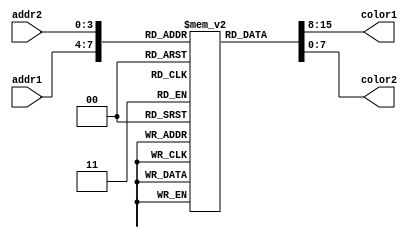
module RomColorPalette (
    input  [3:0] addr1,
    input  [3:0] addr2,
    output [7:0] color1,
    output [7:0] color2
  );

  reg[7:0] memory[0:15] /*verilator public*/;

  assign color1 = memory[addr1];
  assign color2 = memory[addr2];

  initial begin
        memory[0] = 8'b00000000; // Black
        memory[1] = 8'b00000010; // Blue
        memory[2] = 8'b00010100; // Green
        memory[3] = 8'b00010110; // Cyan
        memory[4] = 8'b10100000; // Red
        memory[5] = 8'b10100010; // Magenta
        memory[6] = 8'b10101000; // Brown
        memory[7] = 8'b10110110; // White
        memory[8] = 8'b01001001; // Grey
        memory[9] = 8'b01001011; // Light blue
        memory[10] = 8'b01011101; // Light green
        memory[11] = 8'b01011111; // Light cyan
        memory[12] = 8'b11101001; // Light red
        memory[13] = 8'b11101011; // Light magenta
        memory[14] = 8'b11111101; // Yellow
        memory[15] = 8'b11111111; // Bright white

`ifdef USE_VGA_SIM
        $initVGASimPalette(memory);
`endif

  end
endmodule // RomColorPalette